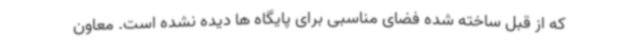
که از قبل ساخته شده فضای مناسبی برای پایگاه ها دیده نشده است. معاون